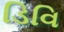
ડિવિ